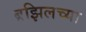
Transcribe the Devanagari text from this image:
ब्रझिलच्या